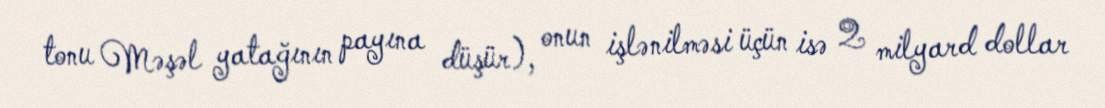
tonu Məşəl yatağının payına düşür), onun işlənilməsi üçün isə 2 milyard dollar